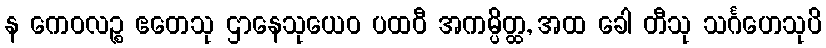
န ကေဝလဉ္စ ဧတေသု ဌာနေသုယေဝ ပထဝီ အကမ္ပိတ္ထ, အထ ခေါ တီသု သင်္ဂဟေသုပိ